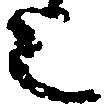
上